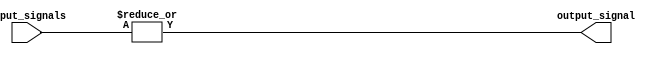
module OR_gate (
    input [15:0] input_signals,
    output output_signal
);

assign output_signal = |input_signals;

endmodule